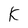
Character: k